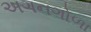
અગનગોળા